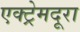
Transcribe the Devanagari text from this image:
एक्ट्रेमदूरा